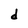
Character: d